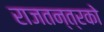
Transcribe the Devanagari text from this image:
राजतन्त्रको